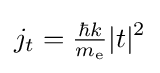
j_{t}={\tfrac {\hbar k}{m_{\text{e}}}}\vert t\vert ^{2}